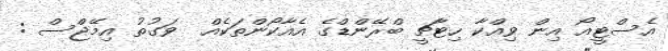
އެސްޓީއޯ އިން ވިއްކާ ހިޓާޗީ ބްރޭންޑްގެ އެއާކޯންތަކެއް  ވަގުތު އިމޭޖްސް :